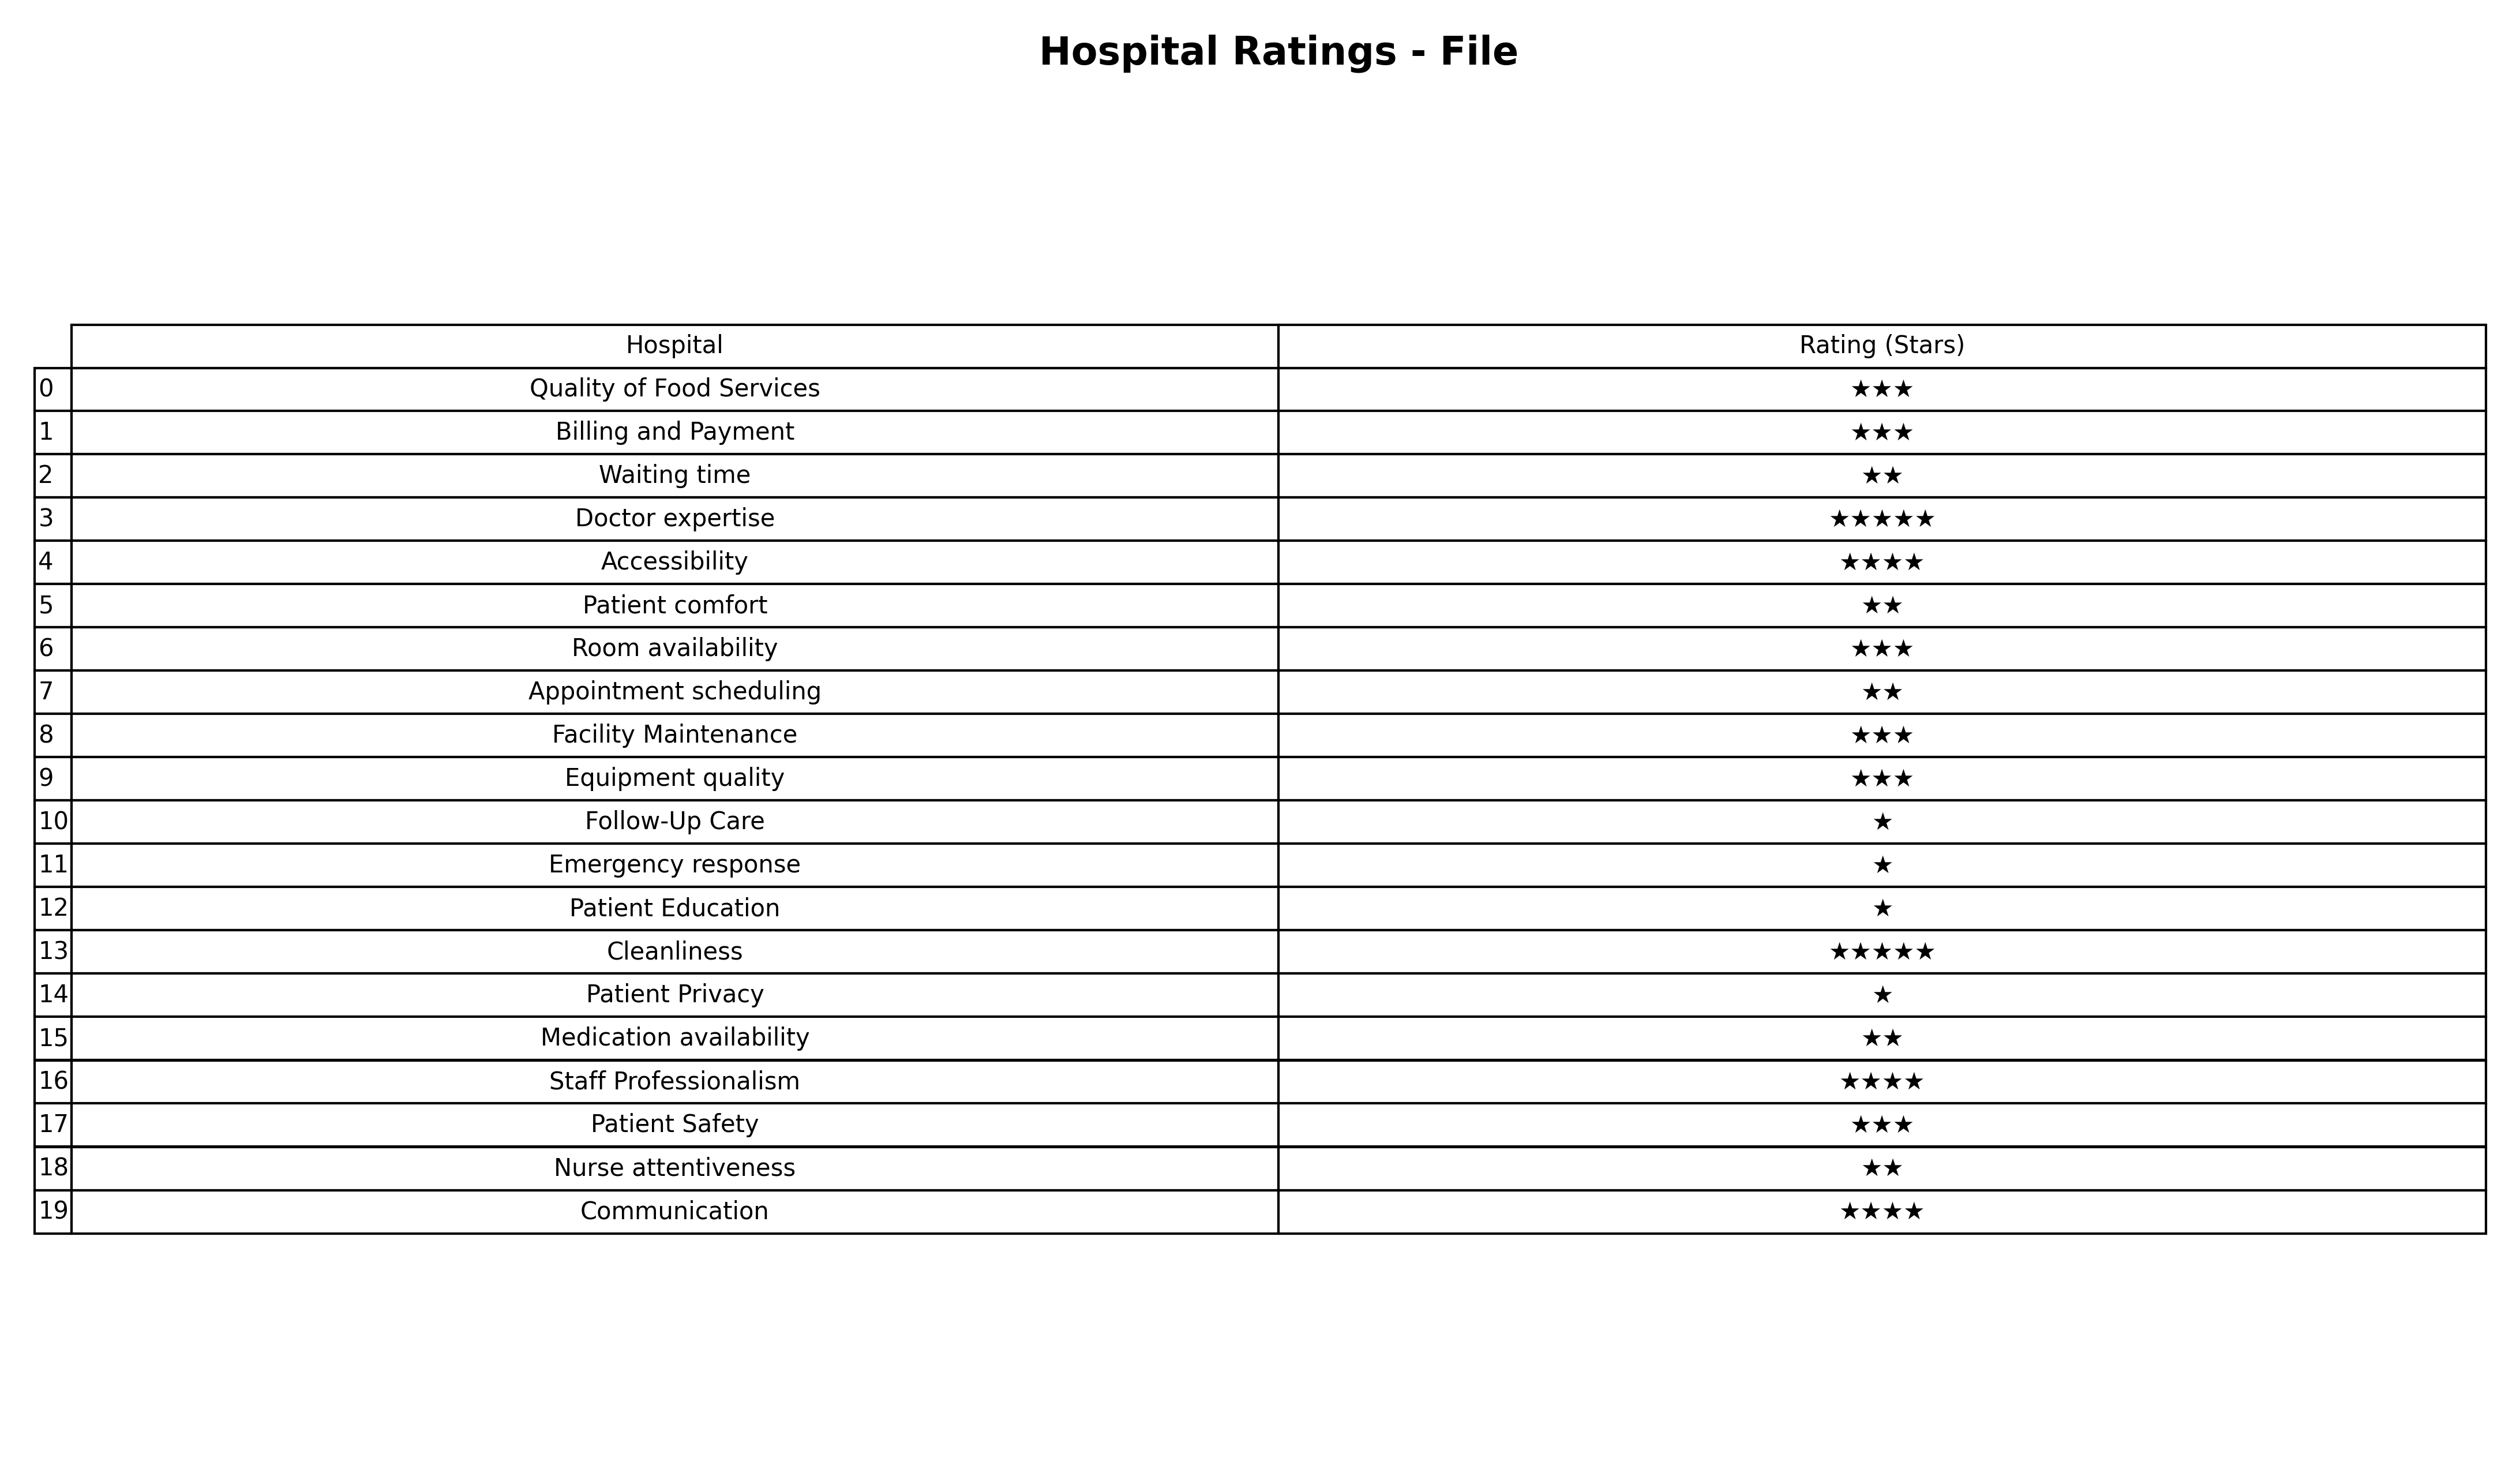
question: What are one star services?
answer: Follow-Up CareEmergency responsePatient EducationPatient Privacy